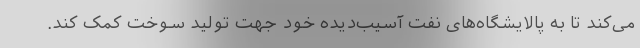
می‌کند تا به پالایشگاه‌های نفت آسیب‌دیده خود جهت تولید سوخت کمک کند.